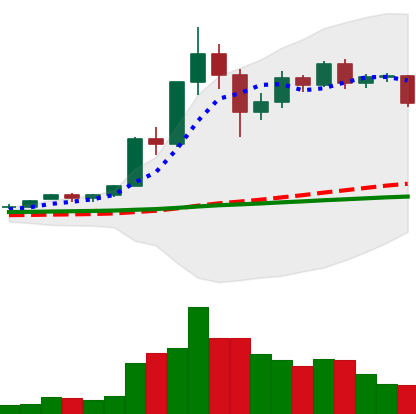
Ticker: XRP-USD
Chart end date: 2020-12-04
Forward return: 4.725%
Label: up_3_5